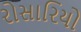
રોસારિયો